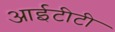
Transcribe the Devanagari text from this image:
आईटीटी